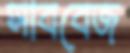
সাববেজ